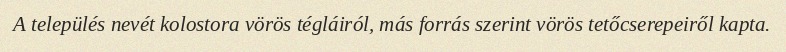
A település nevét kolostora vörös tégláiról, más forrás szerint vörös tetőcserepeiről kapta.